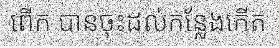
ពើក បានចុះដល់កន្លែងកើត